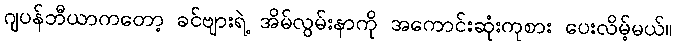
ဂျပန်ဘီယာကတော့ ခင်ဗျားရဲ့ အိမ်လွမ်းနာကို အကောင်းဆုံးကုစား ပေးလိမ့်မယ်။